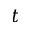
t